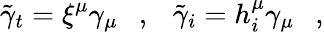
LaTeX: \tilde{\gamma}_{t}=\xi^{\mu}\gamma_{\mu}~~~,~~~\tilde{\gamma}_{i}=h_{i}^{\mu}\gamma_{\mu}~~~,